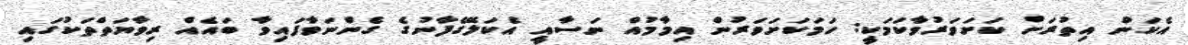
އެކަން އިތުރަށް ކަށަވަރުވާކަމަކީ: ހަމަކަށަވަރުން އިމާމުއް ނަސާއީ އެކަލޭގެފާނުގެ ގެންނަވާފައިވާ ބައެއް ރިވާޔަތްތަކުގައި